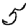
Digit: 5